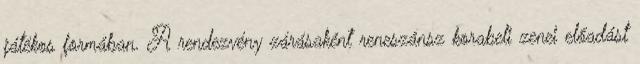
játékos formában. A rendezvény zárásaként reneszánsz korabeli zenei előadást